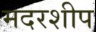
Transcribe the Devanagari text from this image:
मदरशीप